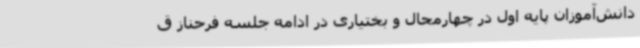
دانش‌آموزان پایه اول در چهارمحال و بختیاری در ادامه جلسه فرحناز ق